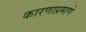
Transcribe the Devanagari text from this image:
कारणाप्रमाणे